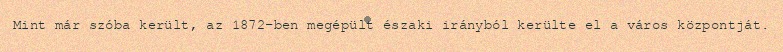
Mint már szóba került, az 1872-ben megépült északi irányból kerülte el a város központját.